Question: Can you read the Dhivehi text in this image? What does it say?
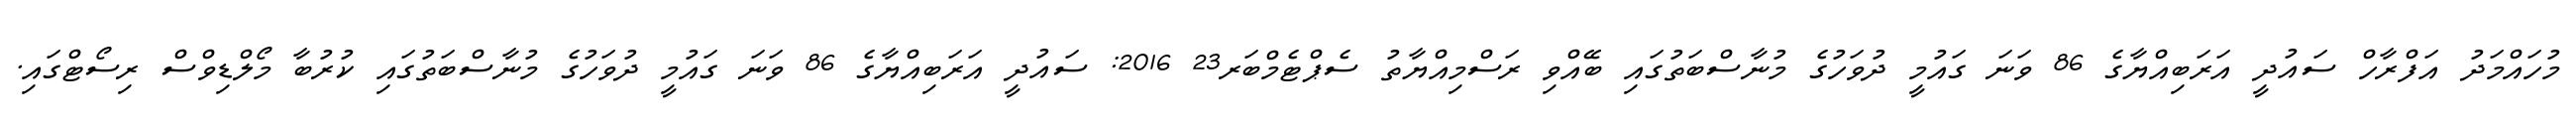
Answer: މުހައްމަދު އަފްރާހް ސައުދީ އަރަބިއްޔާގެ 86 ވަނަ ގައުމީ ދުވަހުގެ މުނާސްބަތުގައި ބޭއްވި ރަސްމިއްޔާތު ސެޕްޓެމްބަރ23 2016: ސައުދީ އަރަބިއްޔާގެ 86 ވަނަ ގައުމީ ދުވަހުގެ މުނާސްބަތުގައި ކުރުބާ މޯލްޑިވްސް ރިސޯޓްގައި.